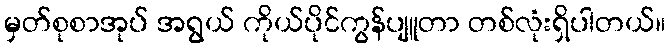
မှတ်စုစာအုပ် အရွယ် ကိုယ်ပိုင်ကွန်ပျူတာ တစ်လုံးရှိပါတယ်။